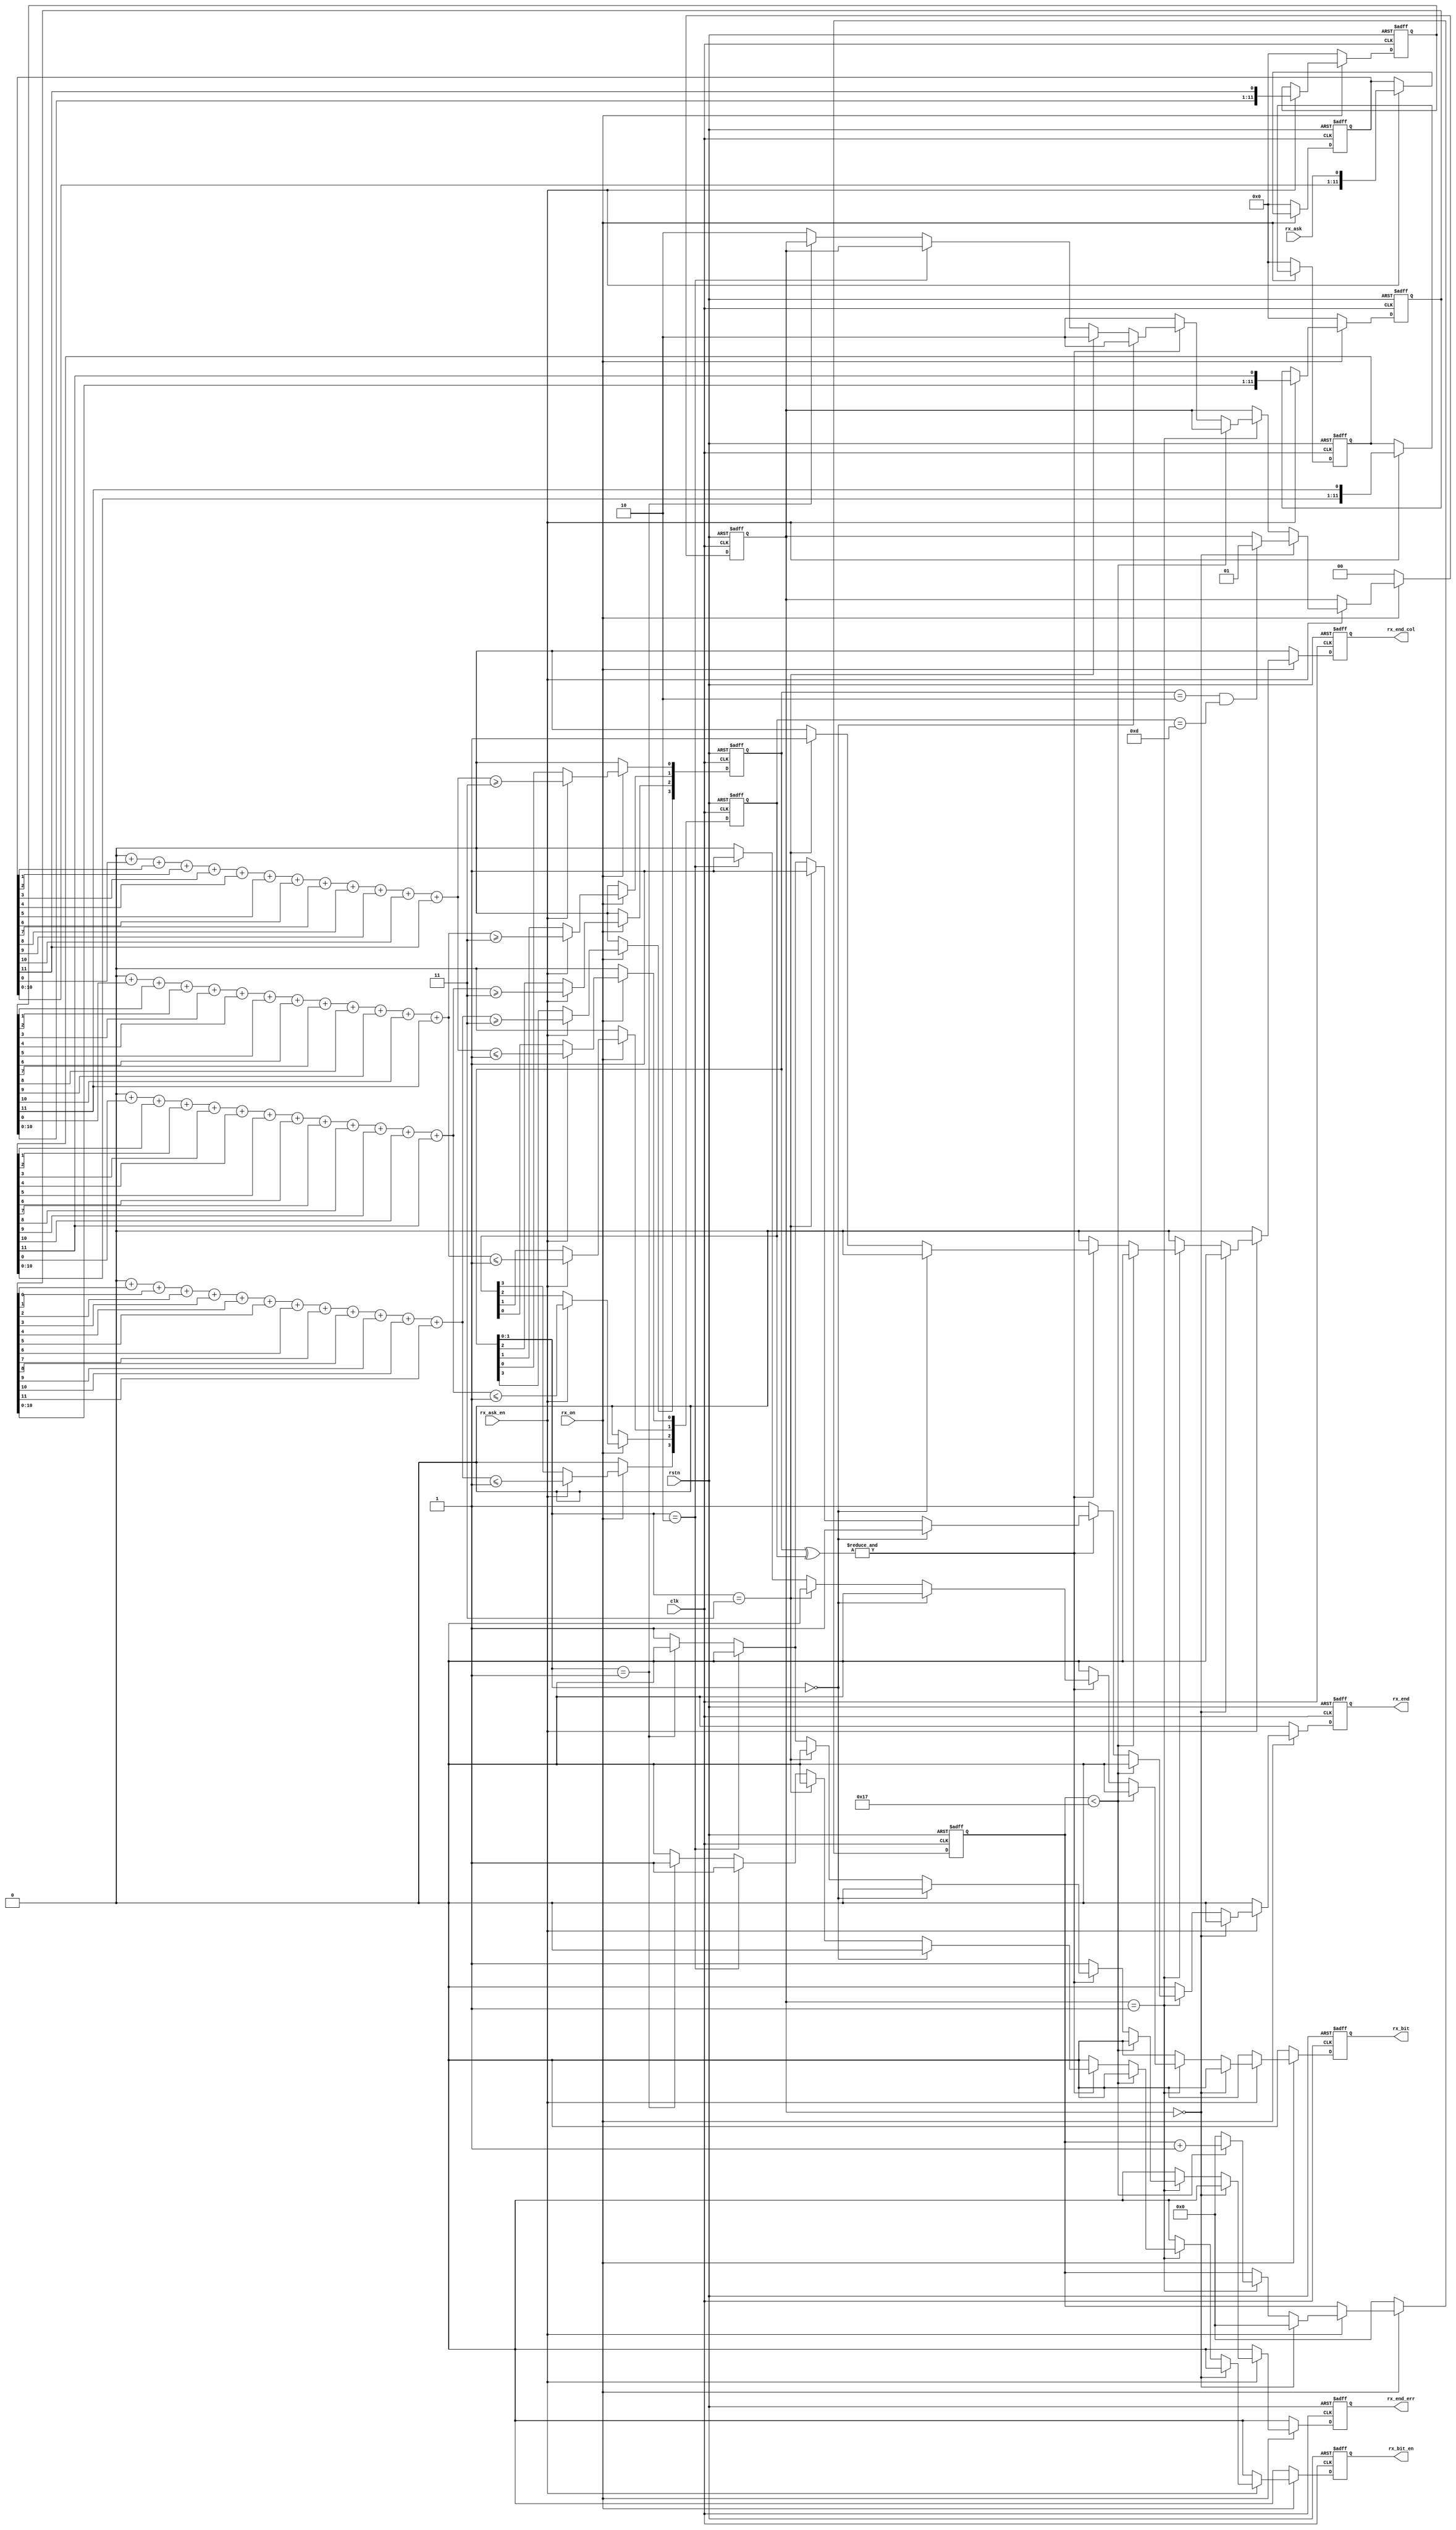
// This program was cloned from: https://github.com/WangXuan95/FPGA-NFC
// License: GNU General Public License v3.0


//--------------------------------------------------------------------------------------------------------
// Module  : nfca_rx_tobits
// Type    : synthesizable, IP's sub module
// Standard: Verilog 2001 (IEEE1364-2001)
// Function: called by nfca_controller
//--------------------------------------------------------------------------------------------------------

module nfca_rx_tobits (
    input  wire       rstn,          // 0:reset, 1:work
    input  wire       clk,           // require 81.36MHz
    // RX on/off control
    input  wire       rx_on,         // 0:off, 1:on
    // RX DSP result input  (2.5425 Mbps)
    input  wire       rx_ask_en,
    input  wire       rx_ask,
    // RX bit parsed (105.9375 kbps base-band)
    output reg        rx_bit_en,     // when rx_bit_en=1 pulses, a received bit is valid on rx_bit
    output reg        rx_bit,        // exclude S (start of communication) and E (end of communication)
    output reg        rx_end,        // end of a communication pulse, because of detect E, or detect a bit collision, or detect an error.
    output reg        rx_end_col,    // indicate a bit collision, only valid when rx_end=1
    output reg        rx_end_err     // indicate an unknown error, such a PICC (card) do not match ISO14443A, or noise, or PICC's frame is too long. Only valid when rx_end=1
);

initial {rx_bit_en, rx_bit, rx_end, rx_end_err, rx_end_col} = 0;


reg [ 3:0] detect_zeros = 0;
reg [ 3:0] detect_ones = 0;
reg [11:0] shift0 = 0;
reg [11:0] shift1 = 0;
reg [11:0] shift2 = 0;
reg [11:0] shift3 = 0;
reg [ 4:0] cnt = 0;

localparam [1:0] IDLE  = 2'd0,
                 PARSE = 2'd1,
                 STOP  = 2'd2;

reg        [1:0] status = IDLE;

reg  [3:0] sum [0:3];                 // not real register

integer ii, jj;                       // not real register, just loop variable

always @ (posedge clk or negedge rstn)
    if(~rstn) begin
        detect_zeros <= 0;
        detect_ones <= 0;
        {shift3, shift2, shift1, shift0} <= 0;
    end else begin
        if(~rx_on) begin
            detect_zeros <= 0;
            detect_ones <= 0;
            {shift3, shift2, shift1, shift0} <= 0;
        end else if(rx_ask_en) begin
            for(ii=0; ii<4; ii=ii+1) sum[ii] = 0;
            for(ii=0; ii<12; ii=ii+1) begin
                sum[0] = sum[0] + {3'h0, shift0[ii]};
                sum[1] = sum[1] + {3'h0, shift1[ii]};
                sum[2] = sum[2] + {3'h0, shift2[ii]};
                sum[3] = sum[3] + {3'h0, shift3[ii]};
            end
            for(jj=0; jj<4; jj=jj+1) begin
                detect_ones[jj]  <= sum[jj] >= 4'd3;
                detect_zeros[jj] <= sum[jj] <= 4'd1;
            end
            {shift3, shift2, shift1, shift0} <= {shift3[10:0], shift2, shift1, shift0, rx_ask};
        end
    end


always @ (posedge clk or negedge rstn)
    if(~rstn) begin
        {rx_bit_en, rx_bit, rx_end, rx_end_err, rx_end_col} <= 0;
        cnt <= 0;
        status <= IDLE;
    end else begin
        {rx_bit_en, rx_bit, rx_end, rx_end_err, rx_end_col} <= 0;
        if(~rx_on) begin
            cnt <= 0;
            status <= IDLE;
        end else if(rx_ask_en) begin
            if(status == IDLE) begin
                cnt <= 0;
                if(detect_ones == 4'b0010 && detect_zeros == 4'b1101)
                    status <= PARSE;
            end else if(status == PARSE) begin
                if(cnt < 5'd23) begin
                    cnt <= cnt + 5'd1;
                end else begin
                    cnt <= 0;
                    if(~(&(detect_ones^detect_zeros))) begin               // noise
                        {rx_end, rx_end_err} <= 2'b11;
                        status <= STOP;
                    end else if(detect_ones[1:0] == 2'b00) begin           // end of communication
                        rx_end <= 1'b1;
                        status <= STOP;
                    end else if(detect_ones[1:0] == 2'b11) begin           // collision
                        {rx_end, rx_end_col} <= 2'b11;
                        status <= STOP;
                    end else if(detect_ones[1:0] == 2'b10) begin           // logic '1'
                        {rx_bit_en, rx_bit} <= 2'b11;
                    end else if(detect_ones[1:0] == 2'b01) begin           // logic '0'
                        rx_bit_en <= 1'b1;
                    end else begin                                         // undefined error
                        {rx_end, rx_end_err} <= 2'b11;
                        status <= STOP;
                    end
                end
            end
        end
    end

endmodule